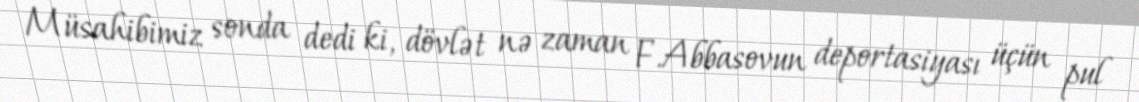
Müsahibimiz sonda dedi ki, dövlət nə zaman F.Abbasovun deportasiyası üçün pul